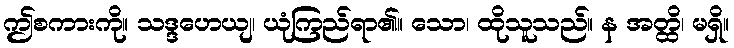
ဤစကားကို။ သဒ္ဒဟေယျ၊ ယုံကြည်ရာ၏။ သော၊ ထိုသူသည်။ န အတ္ထိ၊ မရှိ။